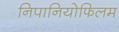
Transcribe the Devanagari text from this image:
निपानियोफिलम